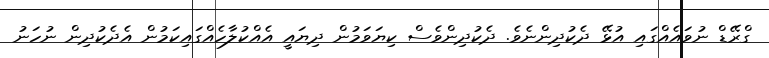
ގްރޭޑް ނުވައެއްގައި އުޅޭ ދެކުދިންނެވެ. ދެކުދިންވެސް ކިޔަވަމުން ދިޔައީ އެއްކުލާހެއްގައިކަމުން އެދެކުދިން ނުހަނު